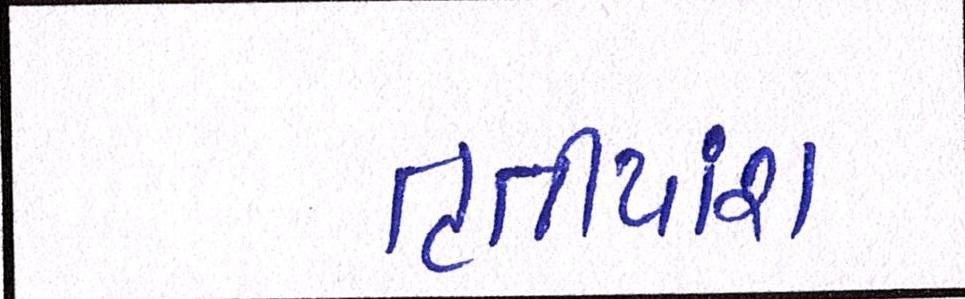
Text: તૃતીયાંશ